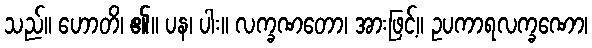
သည်။ ဟောတိ၊ ၏။ ပန၊ ပါး။ လက္ခဏတော၊ အားဖြင့်။ ဥပကာရလက္ခဏော၊